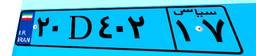
۲۰D۴۰۲۱۷